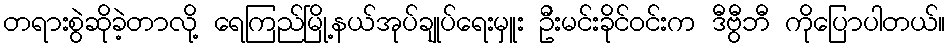
တရားစွဲဆိုခဲ့တာလို့ ရေကြည်မြို့နယ်အုပ်ချုပ်ရေးမှူး ဦးမင်းခိုင်ဝင်းက ဒီဗွီဘီ ကိုပြောပါတယ်။